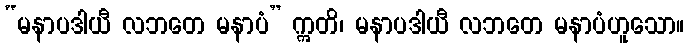
“မနာပဒါယီ လဘတေ မနာပံ” ဣတိ၊ မနာပဒါယီ လဘတေ မနာပံဟူသော။